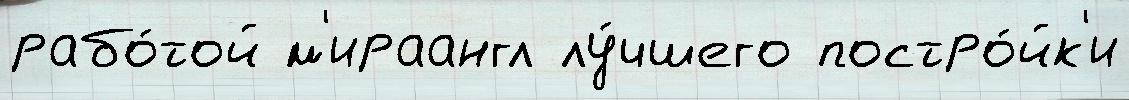
рабо́той м'ираангл лу́чшего постро́йк'и